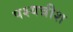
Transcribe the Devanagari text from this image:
पश्यन्नीश